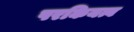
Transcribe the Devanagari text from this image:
परकियत्व